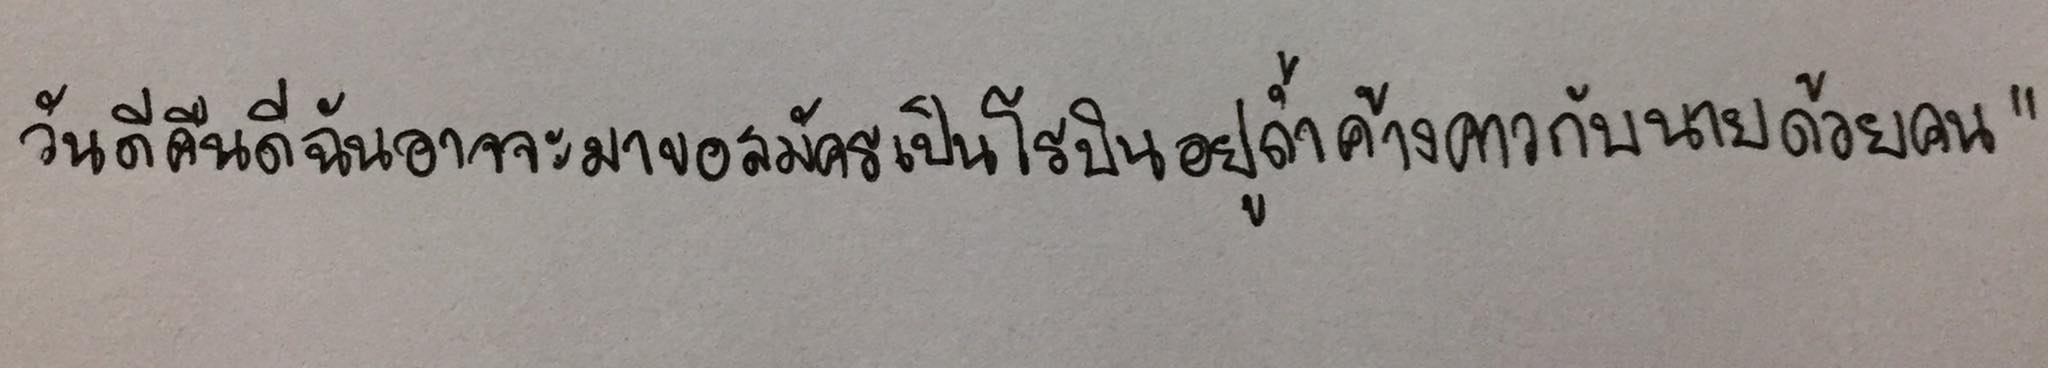
วันดีคืนดีฉันอาจจะมาขอสมัครเป็นโรบินอยู่ถ้ำค้างคาวกับนายด้วยคน"